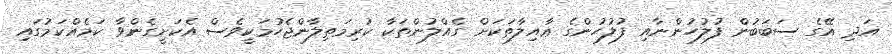
އަދި އޭގެ ސަބަބުން ފުލުހުންނާއި ފުލުހުންގެ ޢާއިލާތަކަށް ގެއްލުންތަކާ ކުރިމަތިލާންޖެހުމަކީވެސް އެކަށީގެންވާ ކަމެއްކަމުގައި